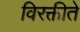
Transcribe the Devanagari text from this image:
विरक्तीते